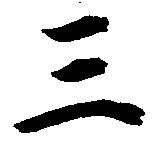
三